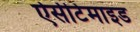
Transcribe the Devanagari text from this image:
ऐसीटेमाइड